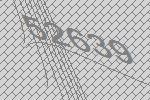
52639